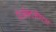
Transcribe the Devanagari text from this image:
रिॲक्टओएस